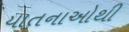
યાતનાઓથી